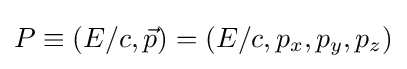
P\equiv (E/c,{\vec {p}})=(E/c,p_{x},p_{y},p_{z})